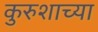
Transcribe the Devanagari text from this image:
कुरुशाच्या